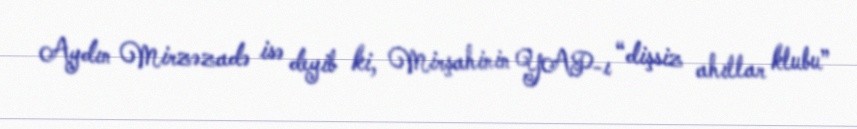
Aydın Mirzəzadə isə deyib ki, Mirşahinin YAP-ı “dişsiz ahıllar klubu”